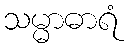
သမ္မာဓာရံ